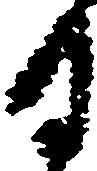
月